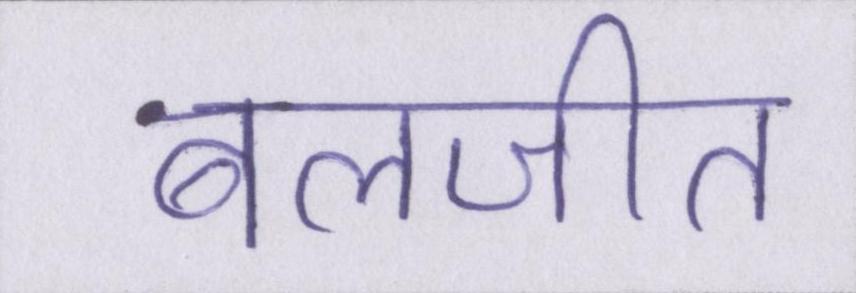
बलजीत